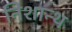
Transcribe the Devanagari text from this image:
निशान्थ